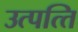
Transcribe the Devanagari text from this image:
उत्‍पत्‍ति